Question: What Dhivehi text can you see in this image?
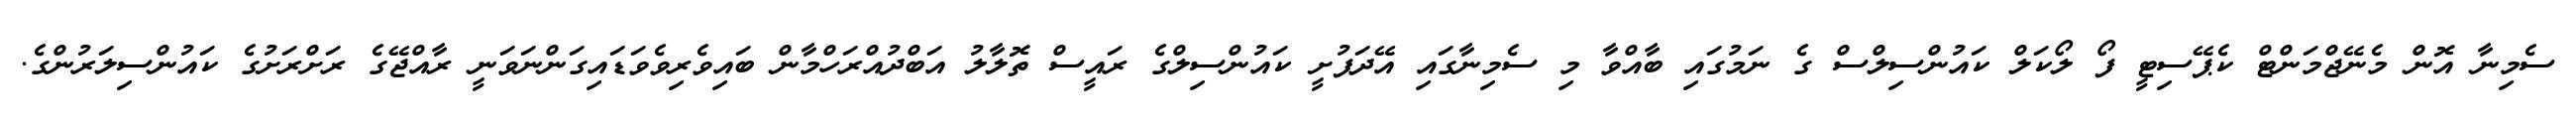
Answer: ސެމިނާ އޮން މެނޭޖްމަންޓް ކެޕޭސިޓީ ފޯ ލޯކަލް ކައުންސިލްސް ގެ ނަމުގައި ބާއްވާ މި ސެމިނާގައި އޭދަފުށީ ކައުންސިލްގެ ރައީސް ތޮލާލު އަބްދުއްރަހްމާން ބައިވެރިވެވަޑައިގަންނަވަނީ ރާއްޖޭގެ ރަށްރަށުގެ ކައުންސިލަރުންގެ.